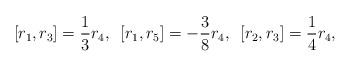
LaTeX: \begin{align*}[r_1, r_3] = \frac{1}{3}r_4, \enskip [r_1, r_5] = -\frac{3}{8}r_4, \enskip [r_2, r_3] = \frac{1}{4}r_4,\end{align*}